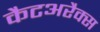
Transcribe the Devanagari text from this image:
कैटअरैक्स